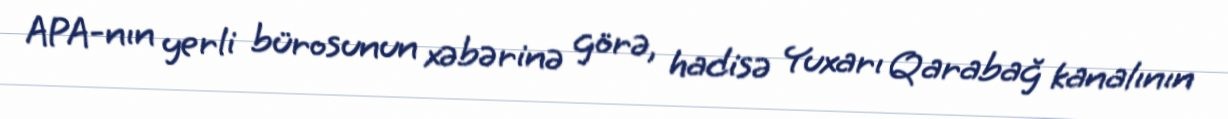
APA-nın yerli bürosunun xəbərinə görə, hadisə Yuxarı Qarabağ kanalının